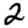
Digit: 2